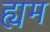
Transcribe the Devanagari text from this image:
ह्यम